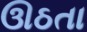
ઊઠતા